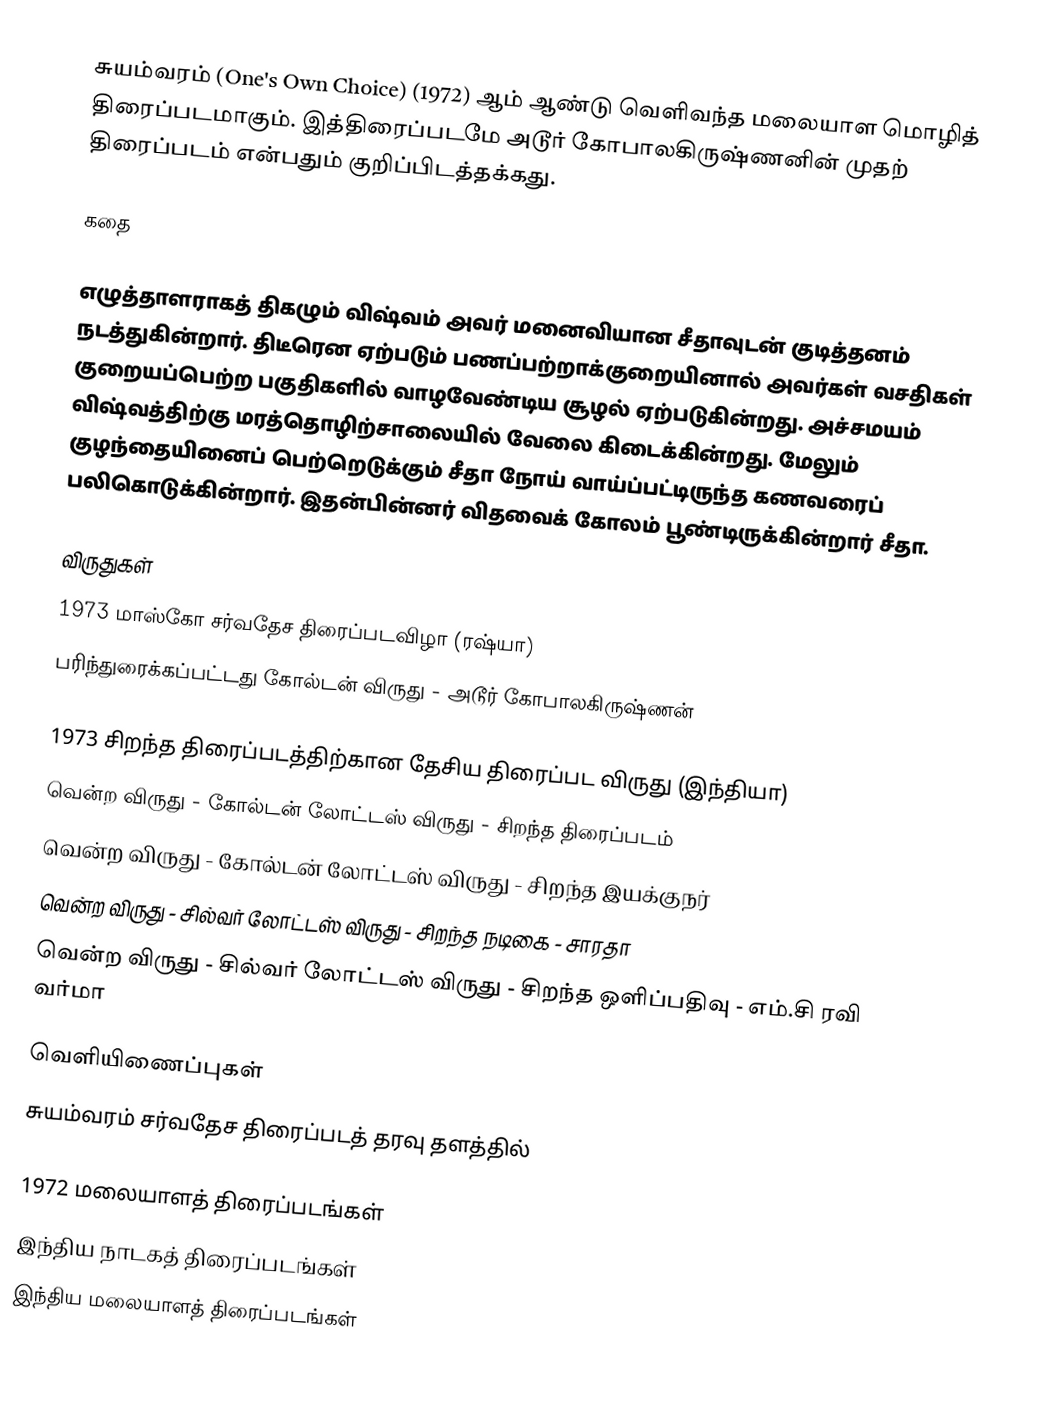
சுயம்வரம் (One's Own Choice) (1972) ஆம் ஆண்டு வெளிவந்த மலையாள மொழித் திரைப்படமாகும். இத்திரைப்படமே அடூர் கோபாலகிருஷ்ணனின் முதற் திரைப்படம் என்பதும் குறிப்பிடத்தக்கது.

கதை

எழுத்தாளராகத் திகழும் விஷ்வம் அவர் மனைவியான சீதாவுடன் குடித்தனம் நடத்துகின்றார். திடீரென ஏற்படும் பணப்பற்றாக்குறையினால் அவர்கள் வசதிகள் குறையப்பெற்ற பகுதிகளில் வாழவேண்டிய சூழல் ஏற்படுகின்றது. அச்சமயம் விஷ்வத்திற்கு மரத்தொழிற்சாலையில் வேலை கிடைக்கின்றது. மேலும் குழந்தையினைப் பெற்றெடுக்கும் சீதா நோய் வாய்ப்பட்டிருந்த கணவரைப் பலிகொடுக்கின்றார். இதன்பின்னர் விதவைக் கோலம் பூண்டிருக்கின்றார் சீதா.

விருதுகள்
1973 மாஸ்கோ சர்வதேச திரைப்படவிழா (ரஷ்யா)
 பரிந்துரைக்கப்பட்டது கோல்டன் விருது - அடூர் கோபாலகிருஷ்ணன்

1973 சிறந்த திரைப்படத்திற்கான தேசிய திரைப்பட விருது (இந்தியா)
 வென்ற விருது - கோல்டன் லோட்டஸ் விருது - சிறந்த திரைப்படம்
 வென்ற விருது - கோல்டன் லோட்டஸ் விருது - சிறந்த இயக்குநர்
 வென்ற விருது - சில்வர் லோட்டஸ் விருது - சிறந்த நடிகை - சாரதா
 வென்ற விருது - சில்வர் லோட்டஸ் விருது - சிறந்த ஒளிப்பதிவு - எம்.சி ரவி வர்மா

வெளியிணைப்புகள்
 சுயம்வரம் சர்வதேச திரைப்படத் தரவு தளத்தில்

1972 மலையாளத் திரைப்படங்கள்
இந்திய நாடகத் திரைப்படங்கள்
இந்திய மலையாளத் திரைப்படங்கள்